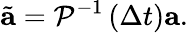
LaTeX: \tilde{\mathbf{a}}=\mathcal{P}^{-1}\left(\Delta t\right)\mathbf{a}.